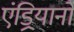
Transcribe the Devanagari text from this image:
एंड्रियानो